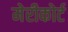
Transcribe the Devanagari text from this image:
मेरीकोर्ट